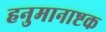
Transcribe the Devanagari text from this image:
हनुमानाष्टक